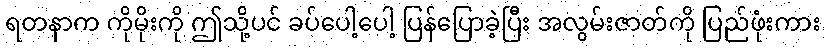
ရတနာက ကိုမိုးကို ဤသို့ပင် ခပ်ပေါ့ပေါ့ ပြန်ပြောခဲ့ပြီး အလွမ်းဇာတ်ကို ပြည်ဖုံးကား